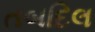
તબદિલ